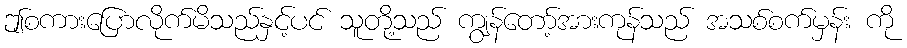
ဤစကားပြောလိုက်မိသည်နှင့်ပင် သူတို့သည် ကျွန်တော့်အားကုန်သည် အသစ်စက်မှန်း ကို